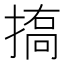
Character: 𢱪